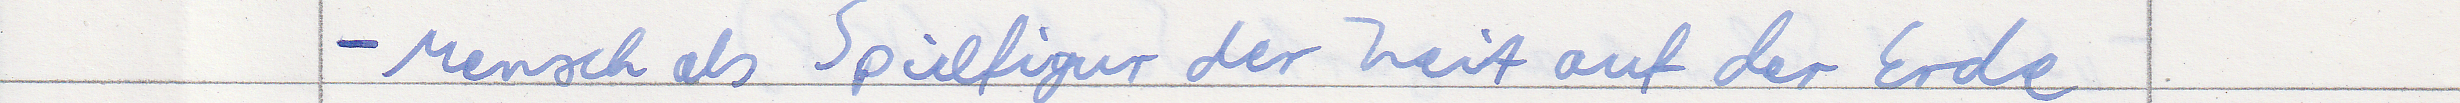
- Mensch als Spielfigur der Zeit auf der Erde